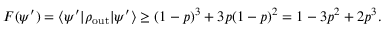
F ( \psi ^ { \prime } ) = \langle \psi ^ { \prime } \vert \rho _ { \operatorname { o u t } } \vert \psi ^ { \prime } \rangle \geq ( 1 - p ) ^ { 3 } + 3 p ( 1 - p ) ^ { 2 } = 1 - 3 p ^ { 2 } + 2 p ^ { 3 } .